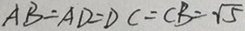
A B = A D = D C = C B = \sqrt { 5 }